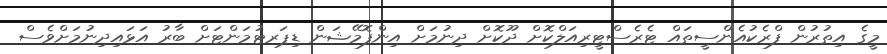
މީގެ އިތުރުން ފްރެކުއެންސީތައް ޓެރެސްޓީރިއަލްކޮށް ދޫކޮށް ދިނުމަށް އިންފޮމޭޝަން ޑިޕަރޓުމަންޓަށް ބާރު އަޅައިދިނުމަށްވެސް